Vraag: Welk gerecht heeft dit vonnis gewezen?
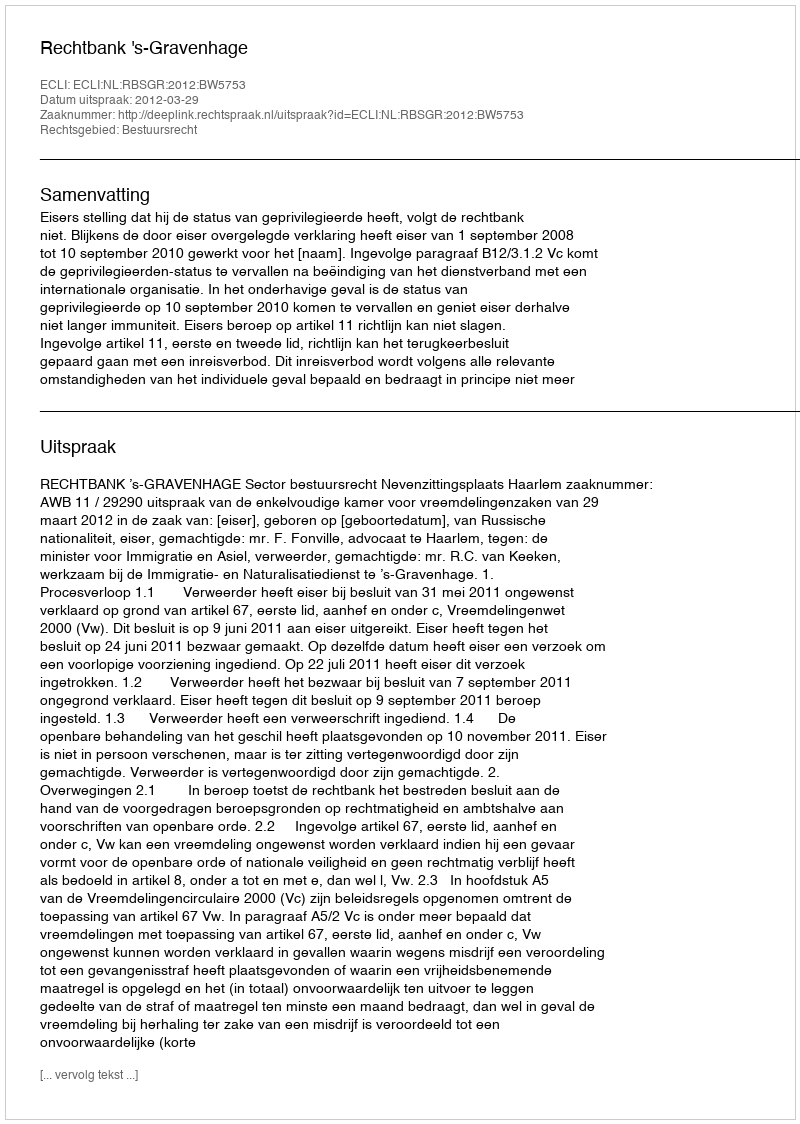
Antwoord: Rechtbank 's-Gravenhage